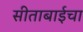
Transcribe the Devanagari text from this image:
सीताबाईचा